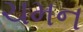
ચમન